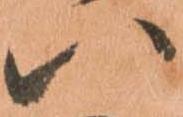
い